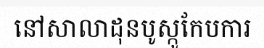
នៅសាលាដុនបូស្កូកែបការ